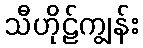
သီဟိုဠ်ကျွန်း